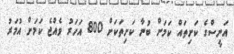
އަނީސްގެ ކަށިތައް ކަމަށް ބުނާ ކަށިތަކަށް 800 އަހަރު ވެއްޖެ ކަމަށް އުމަރު